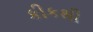
કીકથી